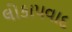
લોકાપવાદ